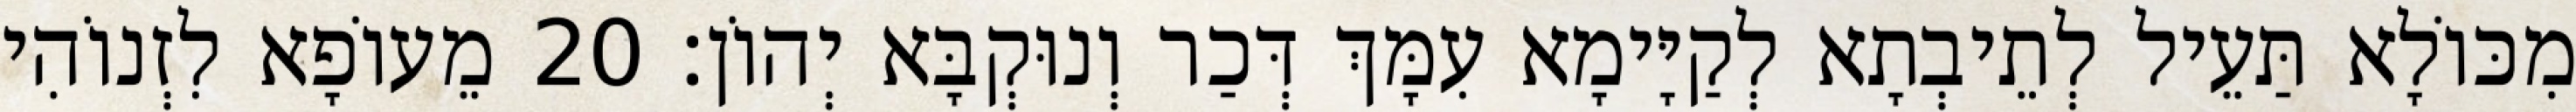
מִכּוֹלָא תַּעֵיל לְתֵיבְתָא לְקַיָּימָא עִמָּךְ דְּכַר וְנוּקְבָּא יְהוֹן׃ 20 מֵעוֹפָא לִזְנוֹהִי